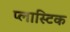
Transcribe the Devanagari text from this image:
प्‍लास्‍टिक